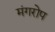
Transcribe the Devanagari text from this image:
मंगरोप